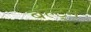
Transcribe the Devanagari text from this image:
बॅल्ट्न